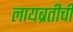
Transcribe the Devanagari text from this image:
लायब्रतीची